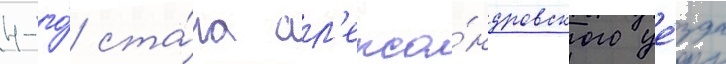
4-го́ ста́на ал'екса́ндровского уе́зда